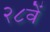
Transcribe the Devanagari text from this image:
२८वें